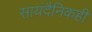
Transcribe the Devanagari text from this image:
सायंदैनिकही